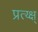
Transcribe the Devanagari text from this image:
प्रत्य्क्ष्